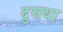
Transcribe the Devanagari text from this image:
दुसया